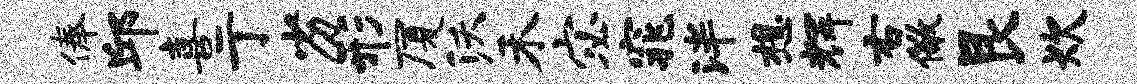
俸邱喜亍劣形厦沃禾宓窕泮想辉右儆艮炊